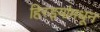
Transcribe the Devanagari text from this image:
हिरड्यांमधून